Bréfritari: Andrés Fjeldsted
Viðtakandi: Einar Friðgeirsson
Dagsetning: A-1893-03-06
Skrifað á: Hvítárvöllum  Borg.

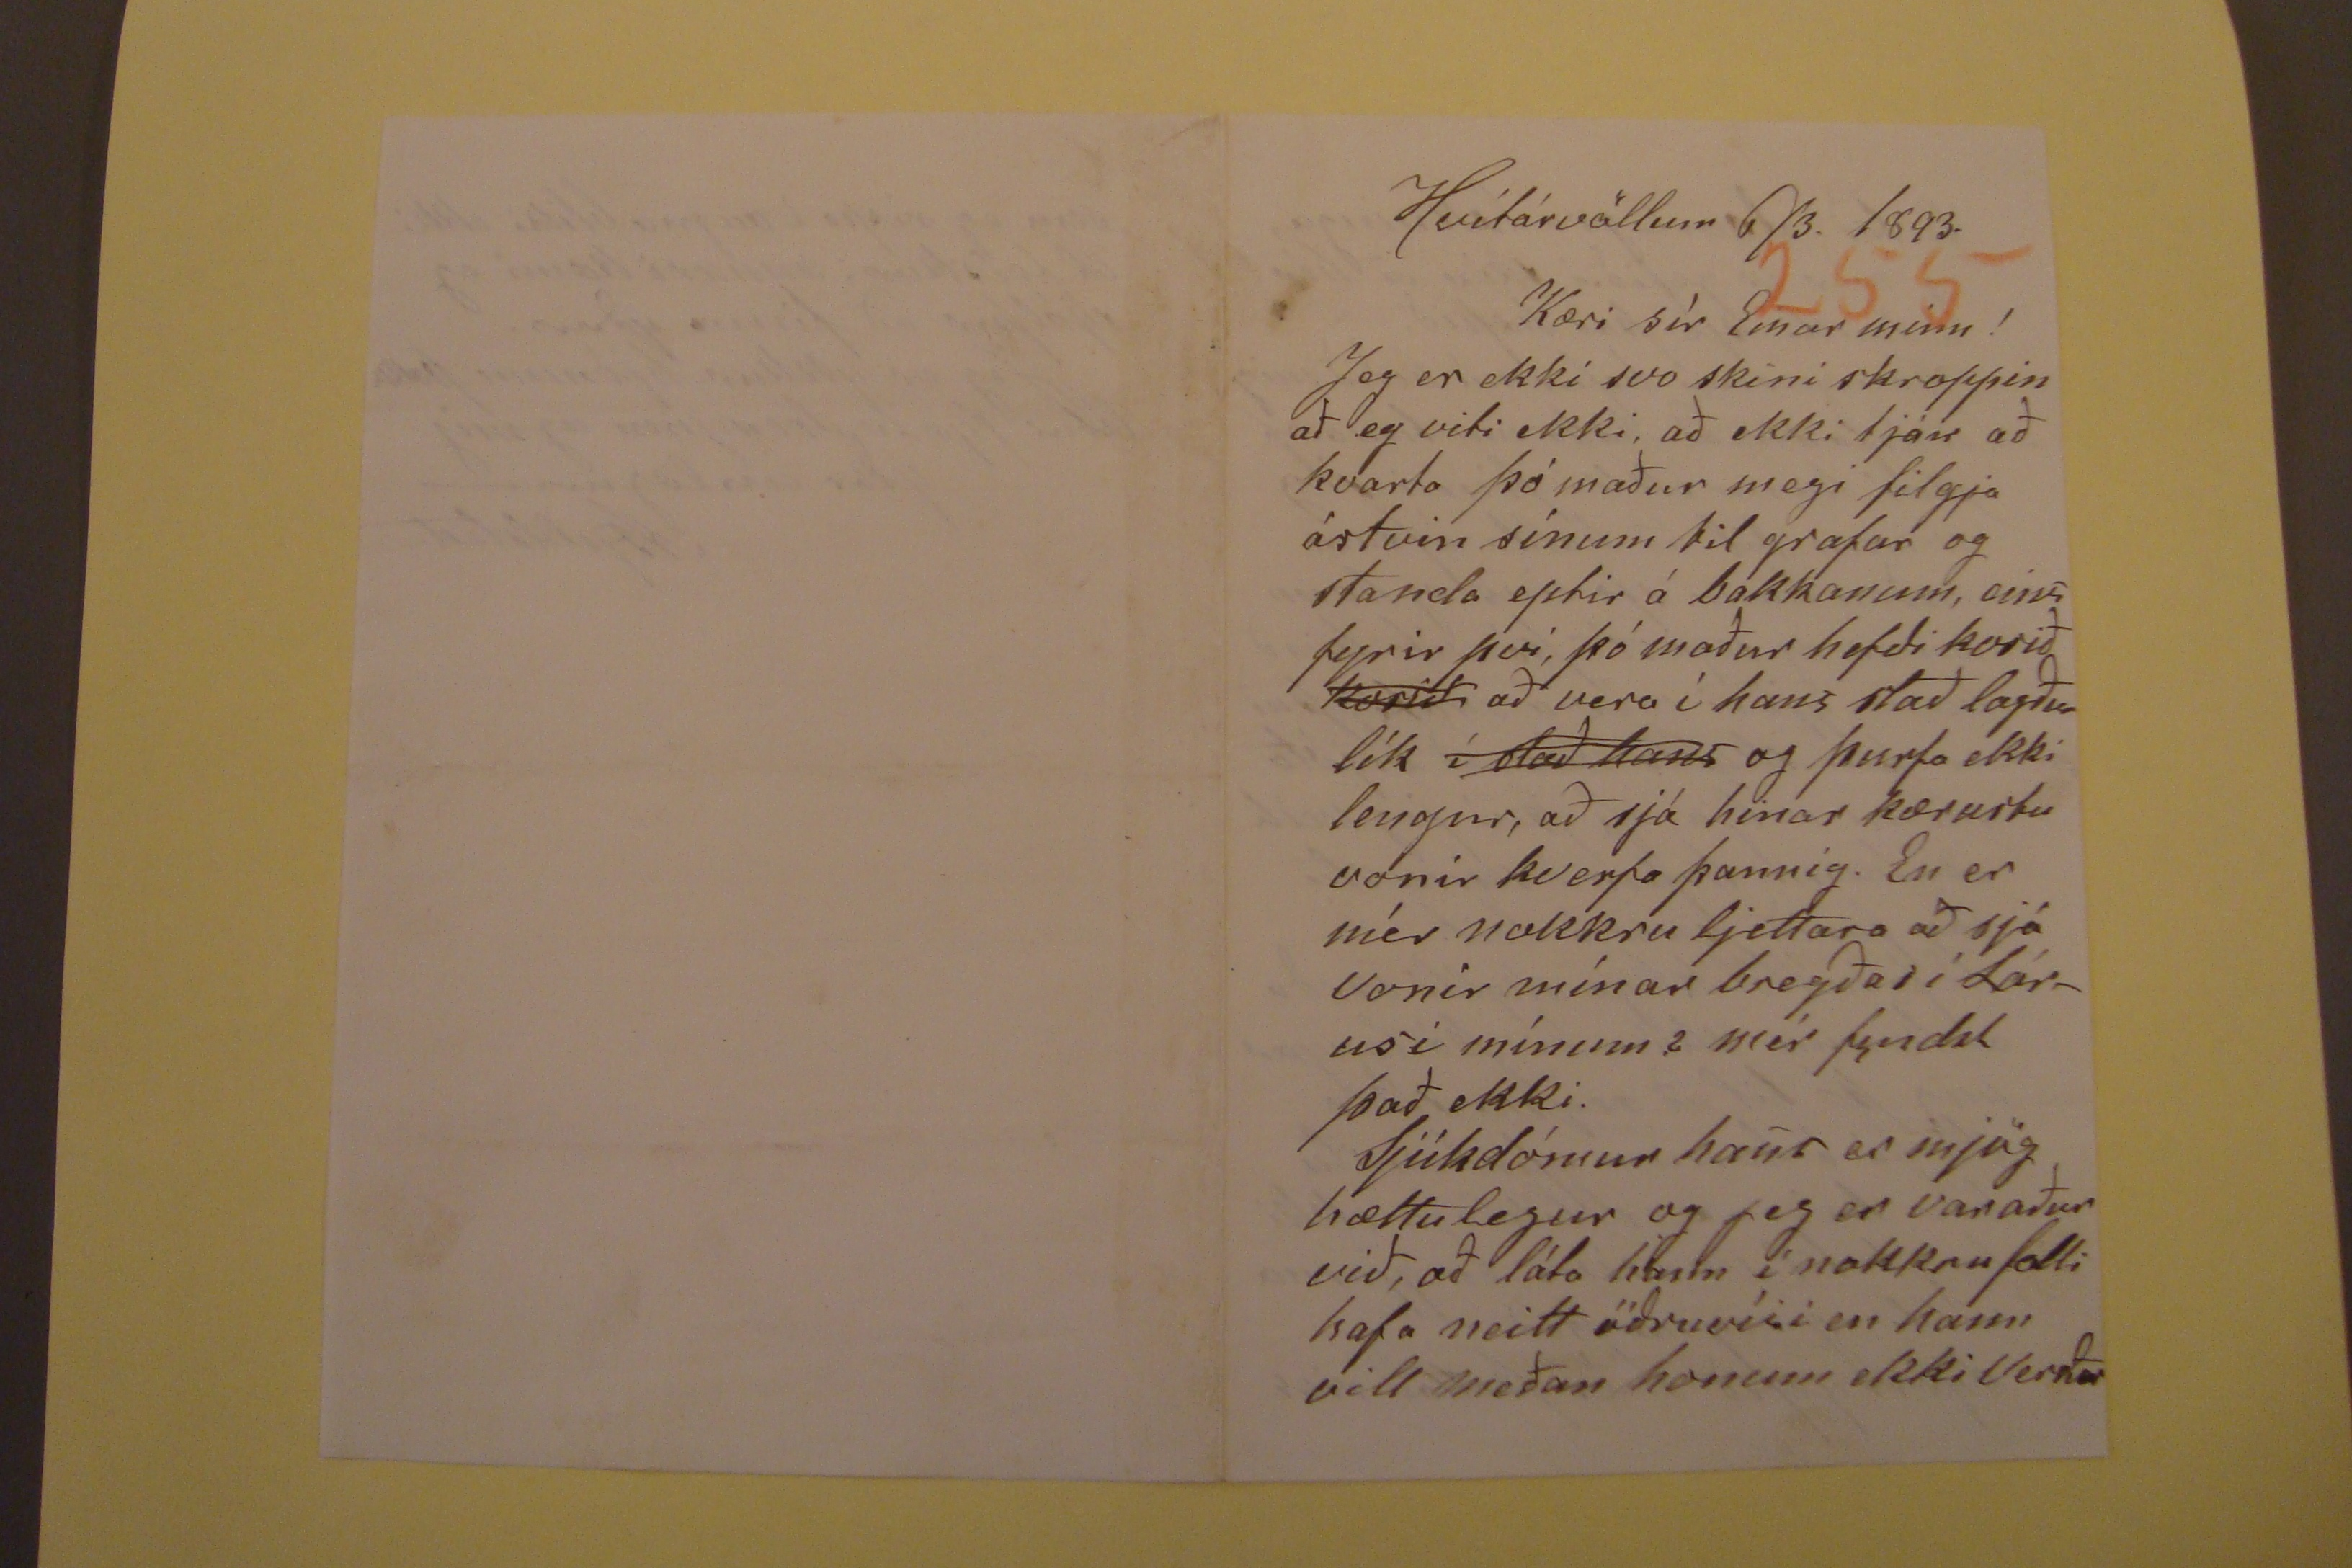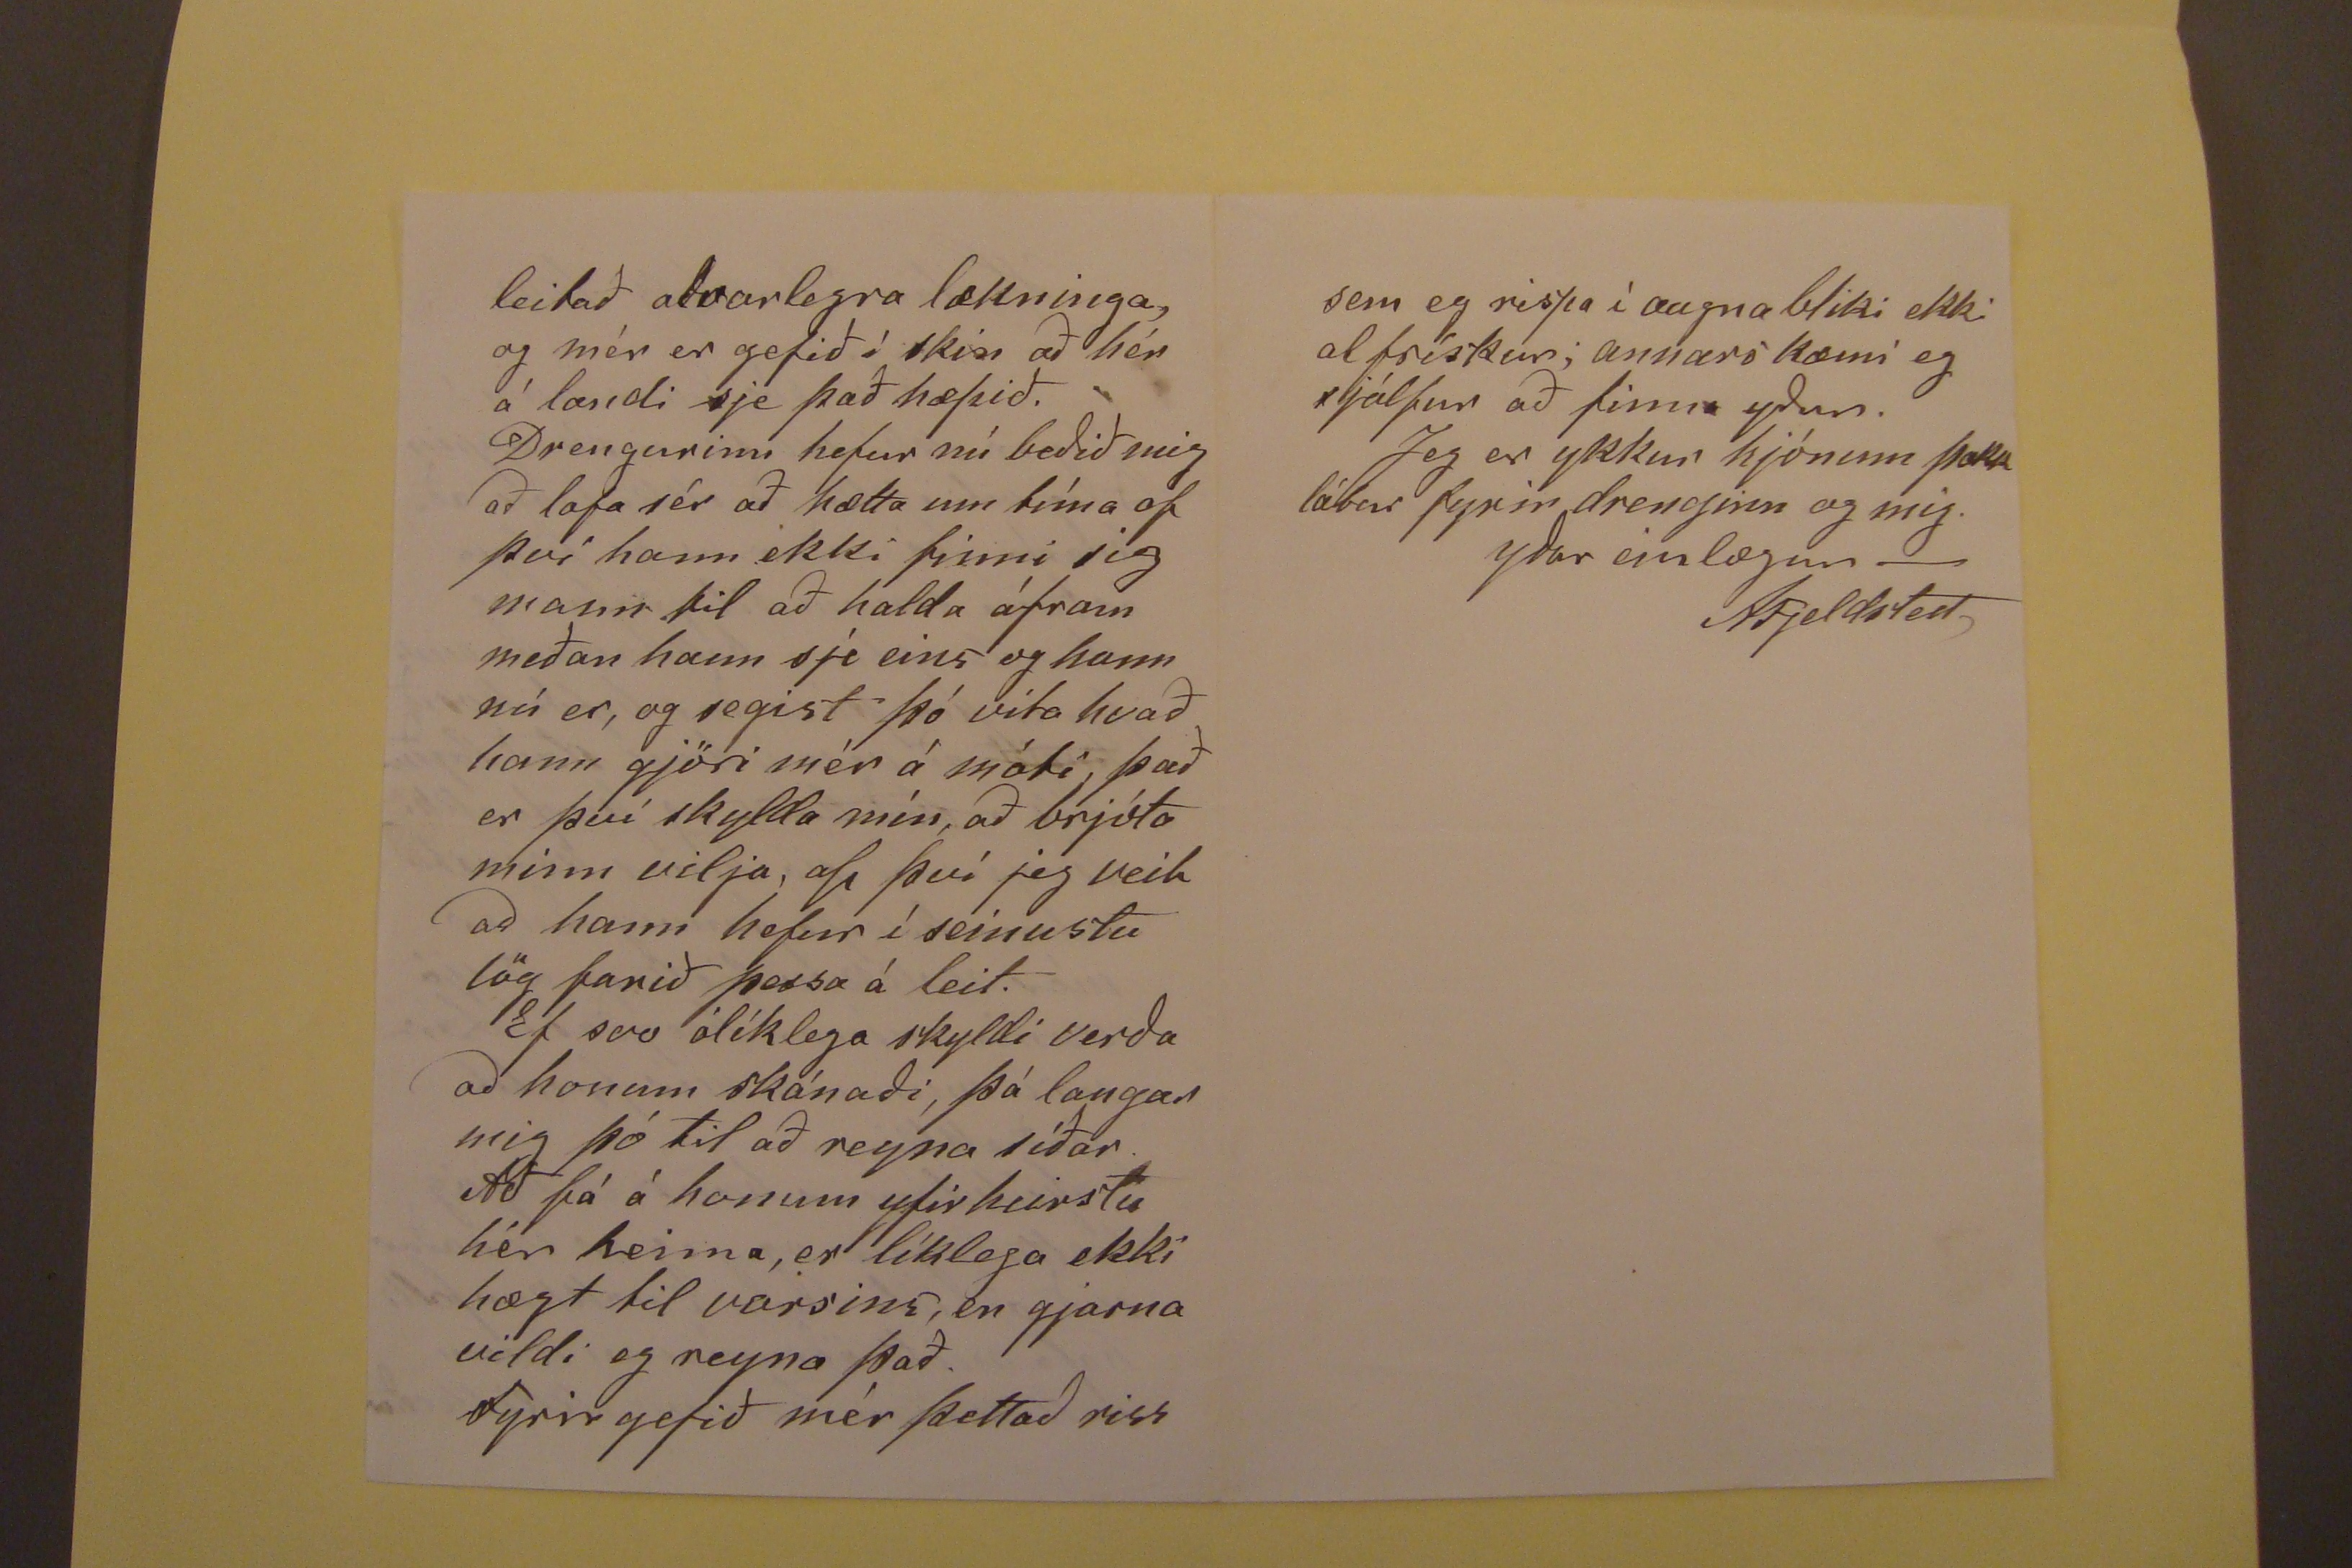

Hvítárvöllum 6/3. 1893.
Kæri sír Einar minn!
Jeg er ekki svo skini skroppin að eg viti ekki, að ekki tjáir að kvarta þó maður megi filgja ástvin sínum til grafar og standa eptir á bakikanum, eins fyrir því, þó
maður hefði kosið
kosið
að vera í hans stað lagður lík
í stað hans
og
þurfa ekki lengur, að sjá hinar kærustu vonir kverfa þannig. En er mér nokkru ljettara að sjá vonir mínar bregðas í Lárusi mínum? mér fyndst það ekki. Sjúkdómur
hans er mjög hættulegur og jeg er varaður við, að láta hann í nokkru falli hafa neitt öðruvisi en hann vill meðan honum ekki Verður
leitað alvarlegra lækninga, og mér er gefið í skin að hérá landi sje það hæpið. Drengurinn hefur nú beðið mig að lofa sér að hætta um tíma of því hann ekki finni
sig mann til að halda áfram meðan hann sje eins og hann nú er, og segist þó vita hvað hann gjöri mjer á móti, það er því skylda mín, að brjóta minn vilja, af því jeg
veit að hann hefur í seinustu lög farið þessa á leit. Ef svo ólíklega skyldi verða að honum skánaði, þá langar mig þó til að reyna síðar. Að fá á honum yfirheirslu hér
heima, er líklega ekki hægt til vorsins, en gjarna vildi eg reyna það. Fyrir gefið mér þettað riss
sem eg rispa í augnabliki ekki alfrískur; annars kæmi eg sjálfur að finna yður. Jeg er ykkur hjónum þakklátur fyrir drenginn og mig.
yðar einlægur-
AFjeldsted,